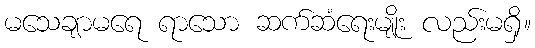
မသေချာမရေ ရာသော ဆက်ဆံရေးမျိုး လည်းမရှိ။